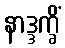
နာဒ္ဒက္ခိံ